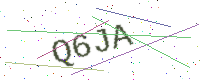
Text: Q6JA